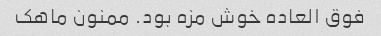
فوق العاده خوش مزه بود. ممنون ماهک